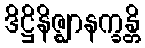
ဒိဋ္ဌိနိဇ္ဈာနက္ခန္တိ